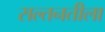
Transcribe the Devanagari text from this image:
सल्तनतीला